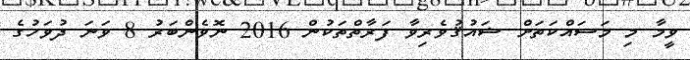
ވީމާ މި މަސައްކަތަށް ޝައުޤުވެރިވާ ފަރާތްތަކުން 2016 ނޮވެންބަރު 8 ވަނަ ދުވަހުގެ